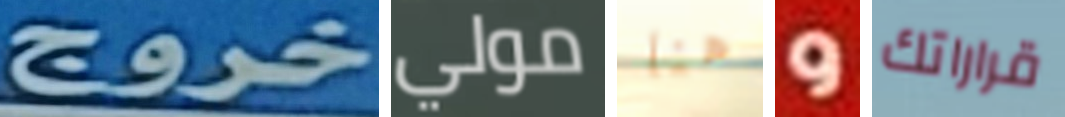
خروج مولي هنا و قراراتك